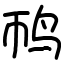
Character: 䴓